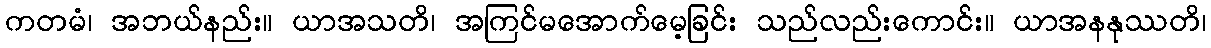
ကတမံ၊ အဘယ်နည်း။ ယာအသတိ၊ အကြင်မအောက်မေ့ခြင်း သည်လည်းကောင်း။ ယာအနနုဿတိ၊